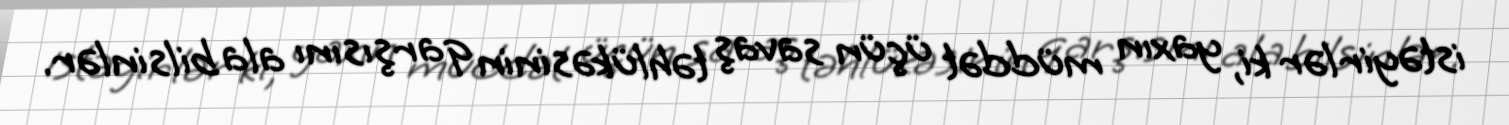
istəyirlər ki, yaxın müddət üçün savaş təhlükəsinin qarşısını ala bilsinlər.